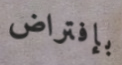
بإفتراض